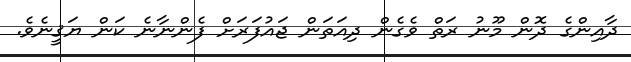
ދާއިންގެ ދޮން މޫނު ރަތް ވެގެން ދިއަތަން ޖައުފަރަށް ފެންނާނެ ކަން ޔަޤީނެވެ.